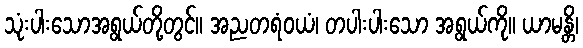
သုံးပါးသောအရွယ်တို့တွင်။ အညတရံဝယံ၊ တပါးပါးသော အရွယ်ကို။ ယာမန္တိ၊